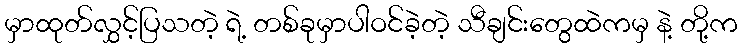
မှာထုတ်လွှင့်ပြသတဲ့ ရဲ့ တစ်ခုမှာပါဝင်ခဲ့တဲ့ သီချင်းတွေထဲကမှ နဲ့ တို့က